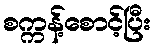
စက္ကန့်စောင့်ပြီး